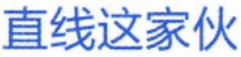
直线这家伙